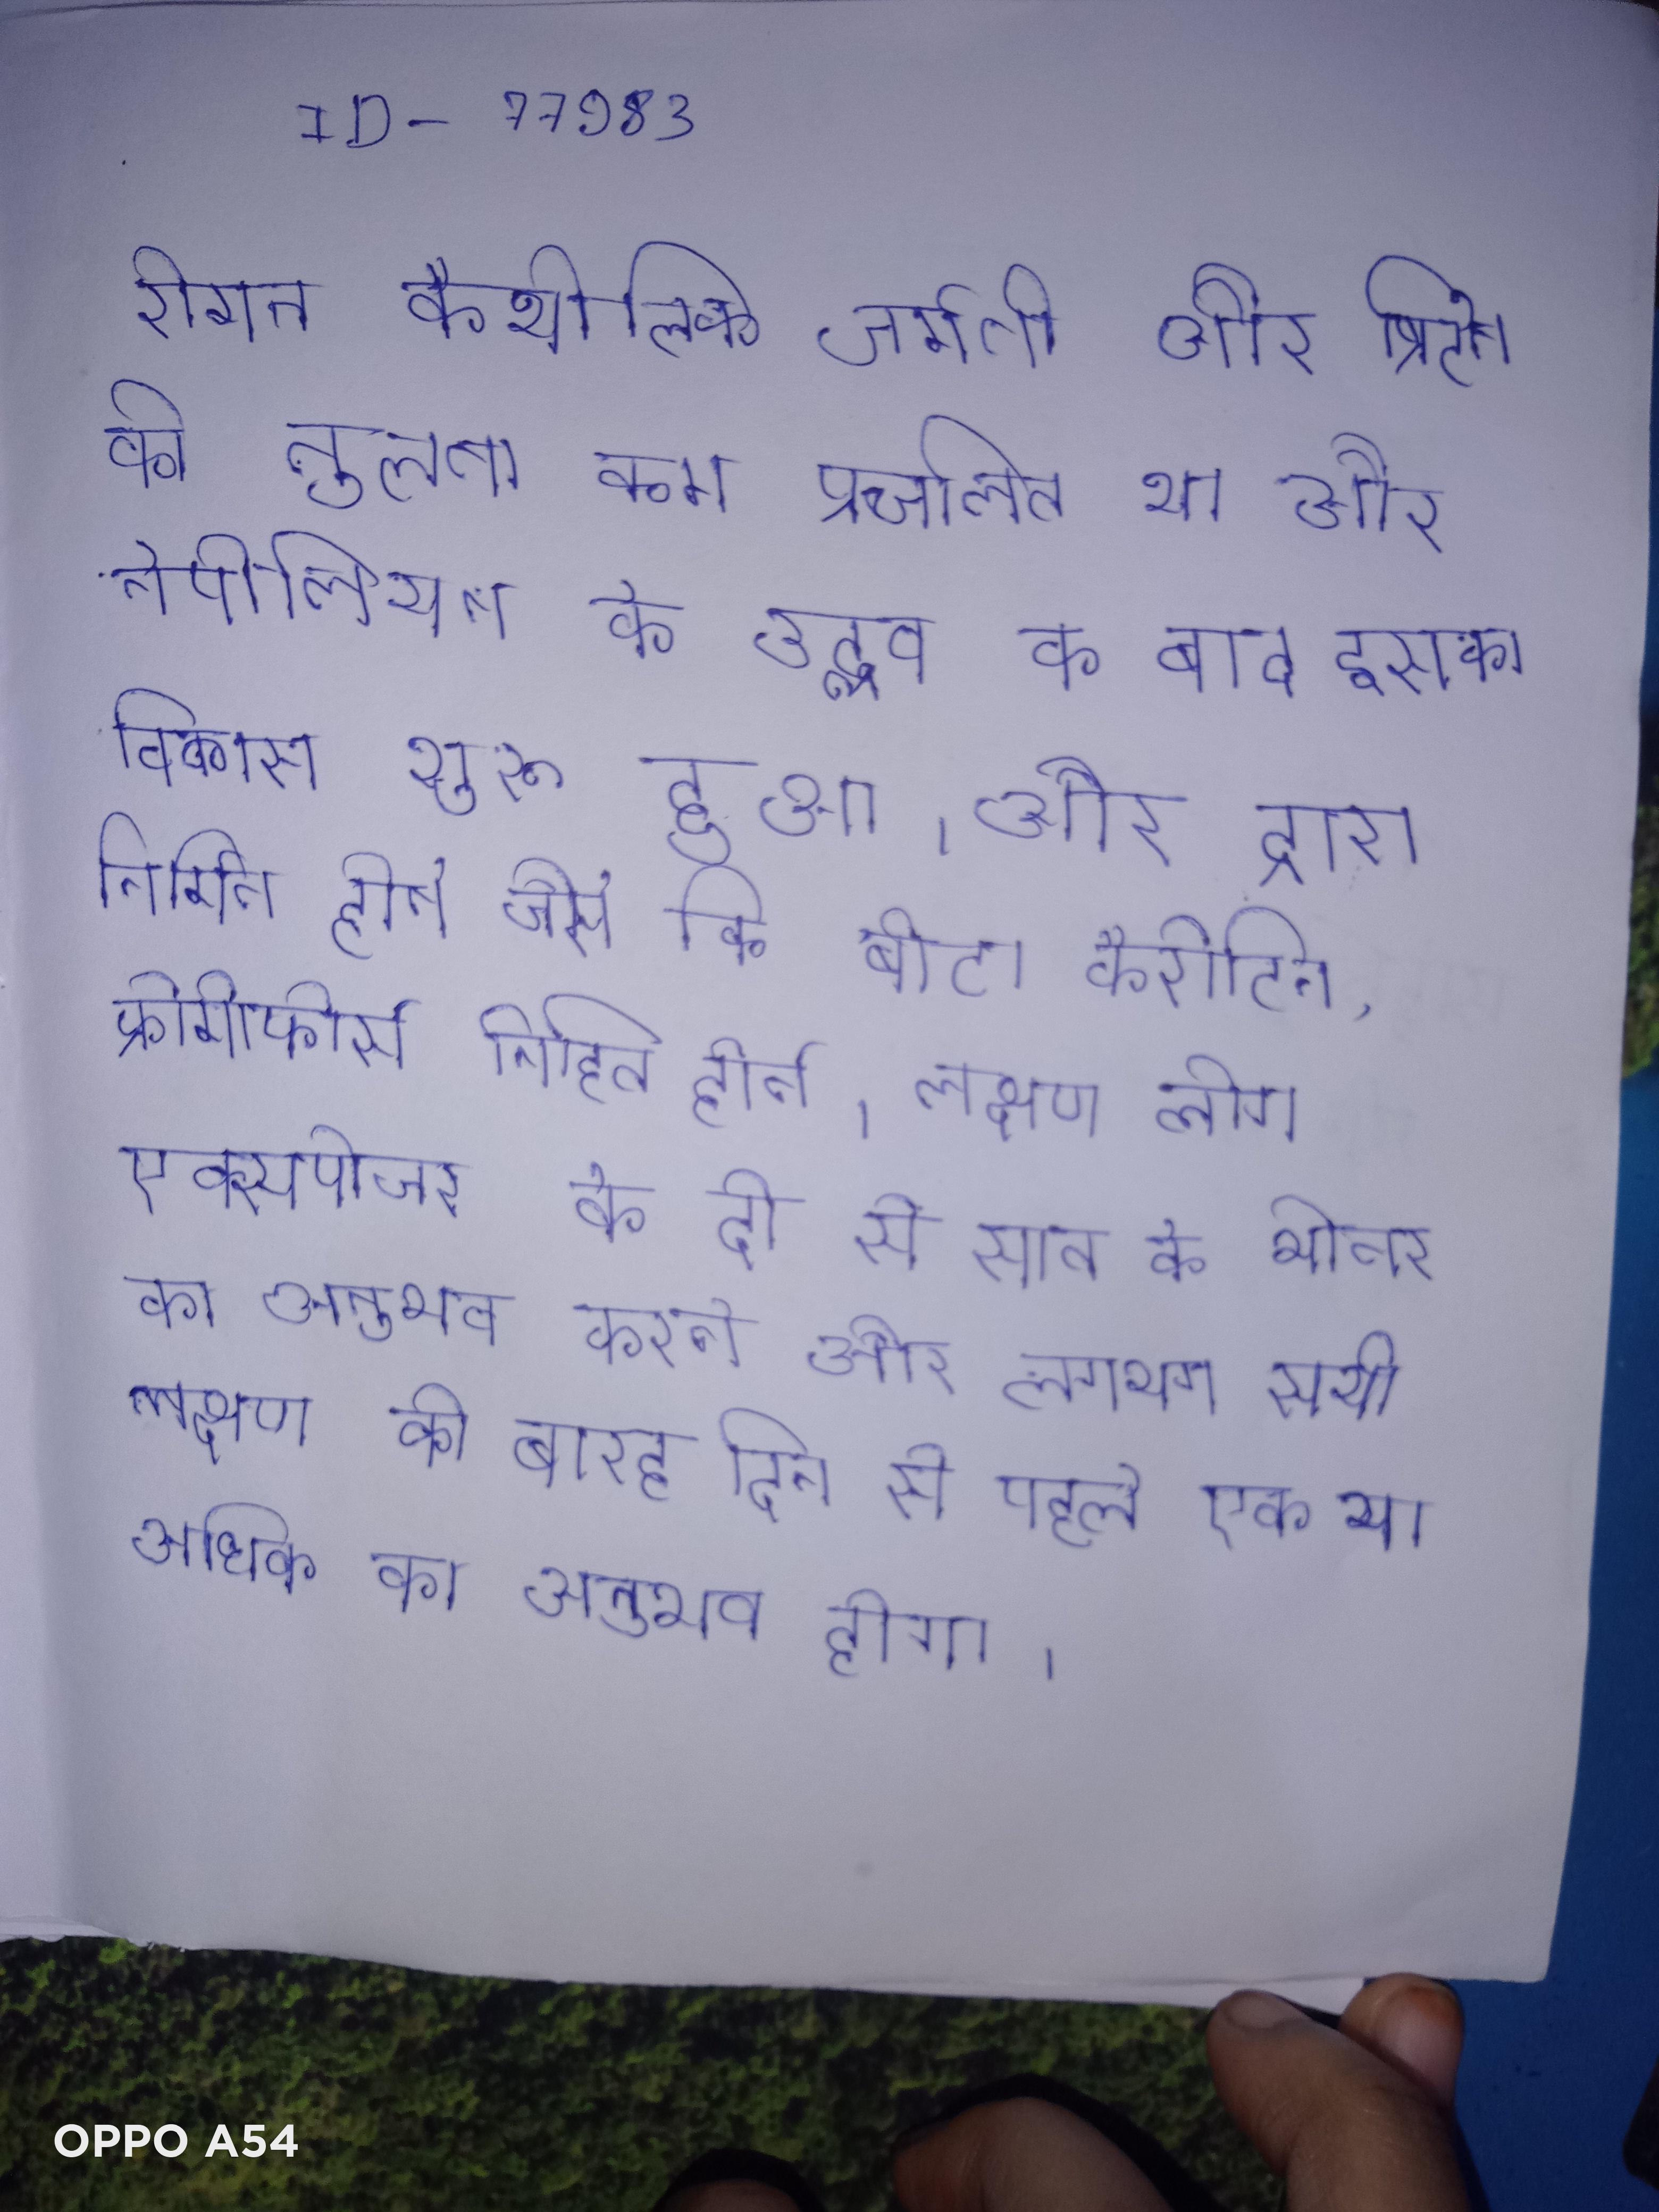
रोमन कैथोलिक जर्मनी और ब्रिटेन की तुलना कम प्रचलित था और नेपोलियन के उद्भव के बाद इसका विकास शुरू हुआ । और द्वारा निर्मित होते जैसे कि बीटा कैरोटिन, क्रोमोफोर्स निहित होते । लक्षण लोग एक्सपोजर के दो से सात के भीतर का अनुभव करते और लगभग सभी लक्षण को बारह दिन से पहले एक या अधिक का अनुभव होगा ।